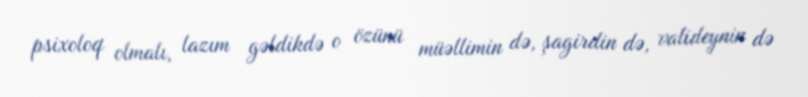
psixoloq olmalı, lazım gəldikdə o özünü müəllimin də, şagirdin də, valideynin də